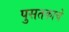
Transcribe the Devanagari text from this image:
पुसतकाचे